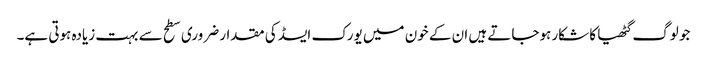
جو لوگ گٹھیا کا شکار ہوجاتے ہیں ان کے خون میں یورک ایسڈ کی مقدار ضروری سطح سے بہت زیادہ ہوتی ہے۔